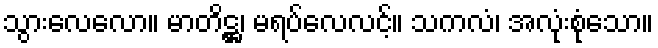
သွားလေလော။ မာတိဋ္ဌ၊ မရပ်လေလင့်။ သကလံ၊ အလုံးစုံသော။